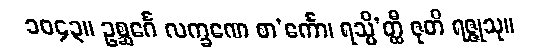
၁၀၄၃။ ဥစ္ဆင်္ဂေ လက္ခဏေ စာ’င်္ကော၊ ရသ္မိ’တ္ထီ ဇုတိ ရဇ္ဇုသု။